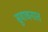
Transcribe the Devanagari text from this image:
सुवाचनात